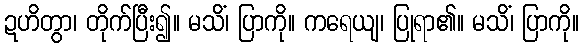
ဍဟိတွာ၊ တိုက်ပြီး၍။ မသိံ၊ ပြာကို။ ကရေယျ၊ ပြုရာ၏။ မသိံ၊ ပြာကို။